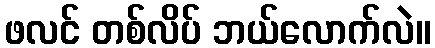
ဖလင် တစ်လိပ် ဘယ်လောက်လဲ။